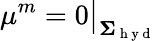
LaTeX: \mu^{m}=0\big\vert_{\mathbf{\Sigma}_{\mathrm{~h~y~d~}}}